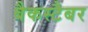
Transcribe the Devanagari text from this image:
बैकस्टैबर